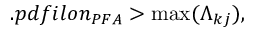
. p d f i l o n _ { P F A } > \operatorname* { m a x } ( \Lambda _ { k j } ) ,